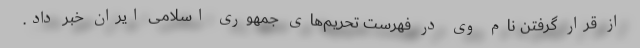
از قرار گرفتن نام وی در فهرست تحریم‌های جمهوری اسلامی ایران خبر داد.